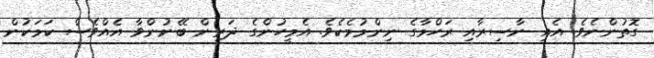
ގޮތުންނެވެ. އެއީ ނާސިރާއި ރަހްމާގެ ނިންމުމެކެވެ. އެމީހުންގެ ދަރިން ބޭނުންވާ އެއްވެސް ކަމަކުން